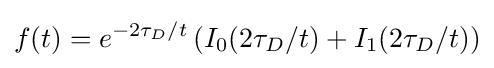
f(t)=e^{-2\tau _{D}/t}\left(I_{0}(2\tau _{D}/t)+I_{1}(2\tau _{D}/t)\right)